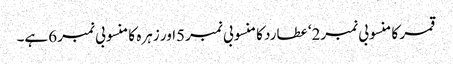
قمر کا منسوبی نمبر2‘ عطارد کا منسوبی نمبر5اور زہرہ کا منسوبی نمبر 6ہے۔